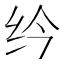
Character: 𫄛